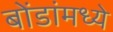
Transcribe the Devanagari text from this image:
बोंडांमध्ये